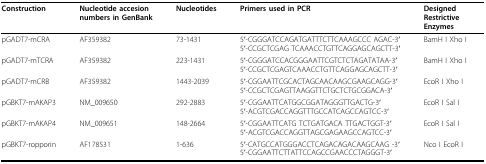
| Construction | Nucleotide accesion numbers in GenBank | Nucleotides | Primers used in PCR | Designed Restrictive Enzymes |
 | --- | --- | --- | --- | --- |
 | pGADT7-mCRA | AF359382 | 73-1431 | 5'-CGGGATCCAGATGATTTCTTCAAAGCCC AGAC-3'5'-CCGCTCGAG TCAAACCTGTTCAGGAGCAGCTT-3' | BamH I Xho I |
 | pGADT7-mTCRA | AF359382 | 223-1431 | 5'-CGGGATCCACGGGAATTCGTCTCTAGATATAA-3'5'-CCGCTCGAGTCAAACCTGTTCAGGAGCAGCTT-3' | BamH I Xho I |
 | pGADT7-mCRB | AF359382 | 1443-2039 | 5'-CGGAATTCGCACTAGCAACAAGCGAAGCAGG-3'5'-CCGCTCGAGTTAAGGTTCTGCTCTGCGGACA-3' | EcoR I Xho I |
 | pGBKT7-mAKAP3 | NM_009650 | 292-2883 | 5'-CGGAATTCATGGCGGATAGGGTTGACTG-3'5'-ACGTCGACCAGGTTTGCCATCAGCCAGTCC-3' | EcoR I Sal I |
 | pGBKT7-mAKAP4 | NM_009651 | 148-2664 | 5'-CGGAATTCATG TCTGATGACA TTGACTGGT-3'5'-ACGTCGACCAGGTTAGCGAGAAGCCAGTCC-3' | EcoR I Sal I |
 | pGBKT7-ropporin | AF178531 | 1-636 | 5'-CATGCCATGGGACCTCAGACAGACAAGCAAG -3'5'-CGGAATTCTTATTCCAGCCGAACCCTAGGGT-3' | Nco I EcoR I |